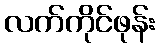
လက်ကိုင်ဖုန်း